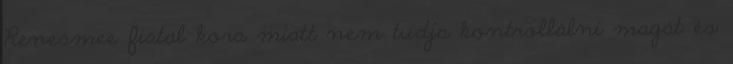
Renesmee fiatal kora miatt nem tudja kontrollálni magát és